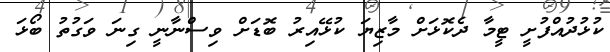
ކުޅުދުއްފުށީ ޓީމާ ދެކޮޅަށް މާޒިޔަ ކުޅޭއިރު ބޮޑަށް ވިސްނާނީ ގިނަ ވަގުތު ބޯޅަ